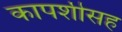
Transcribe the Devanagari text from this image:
कापशीसह